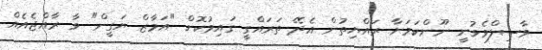
ވާސިލްވެވުނީ ނޫންކަމަށާ ރައްޔިތުން އެދޭ ތަރައްގީ ގައިމުކޮށް "އަމާޒް ޔަގީން" ވާ ރާއްޖެއެއް